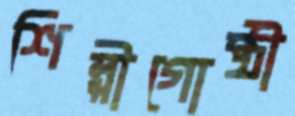
শিল্পীগোষ্ঠী